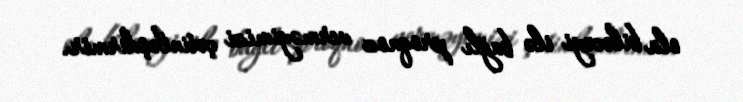
ola biləcəyi ilə bağlı proqnoz verməyimizi çətinləşdirmir.